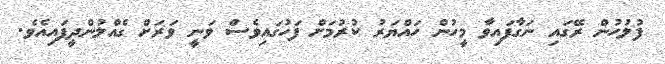
ފުލުހުން ރޭގައި ނަގާފައިވާ މީހުން ހައްޔަރު ކުރުމަށް ފަހުގައިވެސް ވަނީ ވަރަށް ގެއްލުންދީފައިއެވެ.